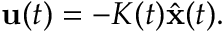
{ \mathbf { u } } ( t ) = - K ( t ) { \hat { \mathbf { x } } } ( t ) .